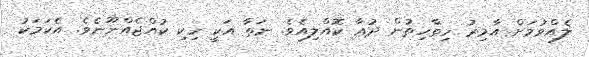
ލެއްވުމަށް އާމިރު ހިތާހިތުން ދުޢާ ކޮއްލިއެވެ. ނަތާ އަކީ ހިކި ކުއްޖެއްނޫނެވެ. އެކަމަކު